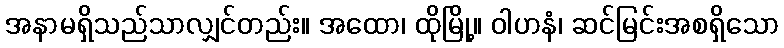
အနာမရှိသည်သာလျှင်တည်း။ အထော၊ ထိုမြို့။ ဝါဟနံ၊ ဆင်မြင်းအစရှိသော